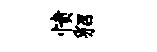
愤貂